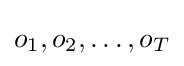
o_{1},o_{2},\ldots ,o_{T}